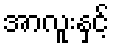
အာလူးနှင့်